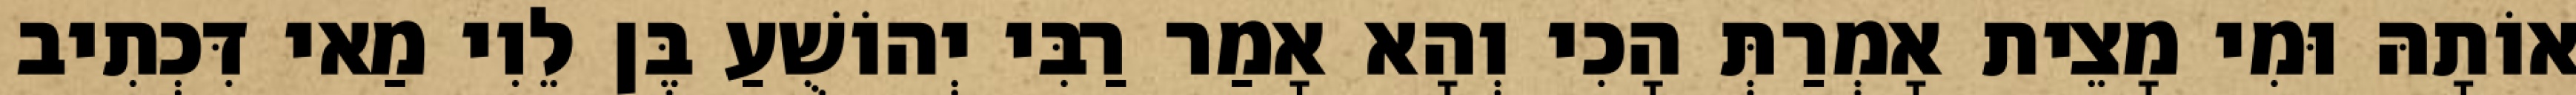
אוֹתָהּ וּמִי מָצֵית אָמְרַתְּ הָכִי וְהָא אָמַר רַבִּי יְהוֹשֻׁעַ בֶּן לֵוִי מַאי דִּכְתִיב